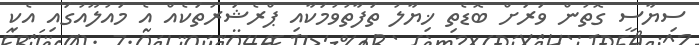
ސިޔާސީ ގޮތުން ވަރަށް ބޮޑެތި ޚިޔާލު ތަފާތުވުމަކާއި ޕްރެޝަރުތަކެއް އެ މައުލޫއުގައި އެކި